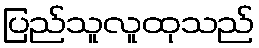
ပြည်သူလူထုသည်